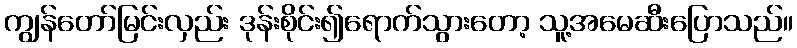
ကျွန်တော်မြင်းလှည်း ဒုန်းစိုင်း၍ရောက်သွားတော့ သူ့အမေဆီးပြောသည်။